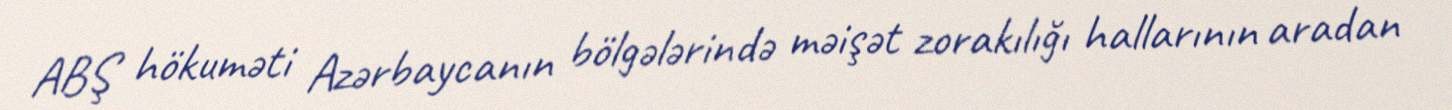
ABŞ hökuməti Azərbaycanın bölgələrində məişət zorakılığı hallarının aradan